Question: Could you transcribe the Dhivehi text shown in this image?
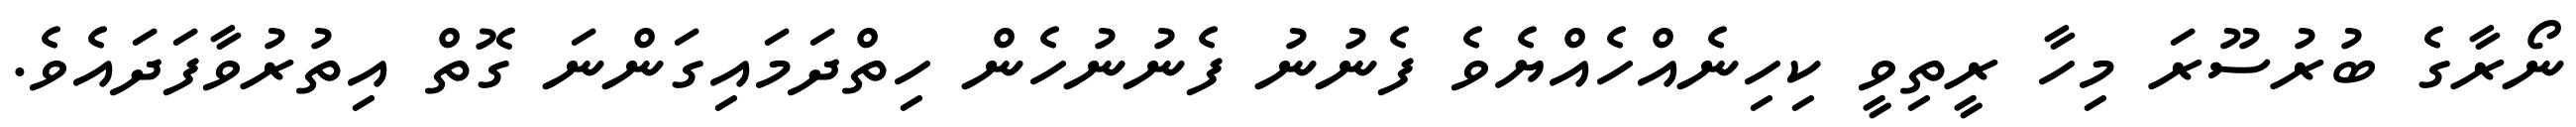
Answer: ނޯރާގެ ބުރުސޫރަ މިހާ ރީތިވީ ކިހިނެއްހެއްޔެވެ ފެނުނު ފެނުނުހެން ހިތްދަމައިގަންނަ ގޮތް އިތުރުވާފަދައެވެ.